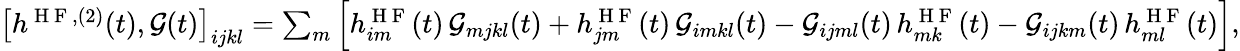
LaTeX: \begin{array}{r}{\left[h^{\mathrm{~H~F~},(2)}(t),\mathcal{G}(t)\right]_{ijkl}=\sum_{m}\left[h_{im}^{\mathrm{~H~F~}}(t)\, \mathcal{G}_{mjkl}(t)+h_{jm}^{\mathrm{~H~F~}}(t)\, \mathcal{G}_{imkl}(t)-\mathcal{G}_{ijml}(t)\, h_{mk}^{\mathrm{~H~F~}}(t)-\mathcal{G}_{ijkm}(t)\, h_{ml}^{\mathrm{~H~F~}}(t)\right],}\end{array}